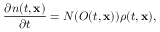
\frac { \partial n ( t , \mathbf { x } ) } { \partial t } = N ( O ( t , \mathbf { x } ) ) \rho ( t , \mathbf { x } ) ,